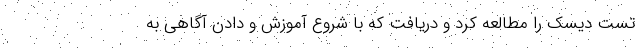
تست دیسک را مطالعه کرد و دریافت که با شروع آموزش و دادن آگاهی به